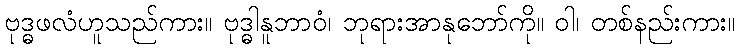
ဗုဒ္ဓဖလံဟူသည်ကား။ ဗုဒ္ဓါနူဘာဝံ၊ ဘုရားအာနုဘော်ကို။ ဝါ၊ တစ်နည်းကား။